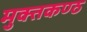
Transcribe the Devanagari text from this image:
मुक्तकण्ठ